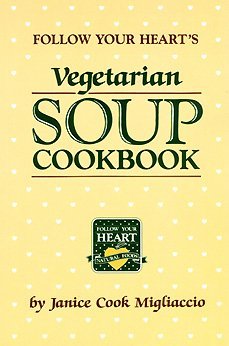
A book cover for Vegetarian Soup Cookbook; Janice Cook Migliaccio; Health, Fitness & Dieting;